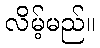
လိမ့်မည်။